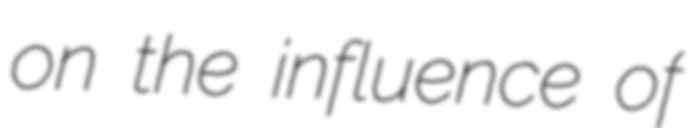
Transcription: on the influence of